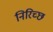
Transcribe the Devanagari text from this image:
निरिच्छ